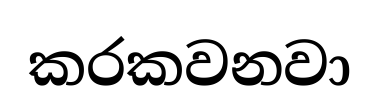
කරකවනවා